Source: Handwritten
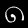
Digit: ၈ (8)